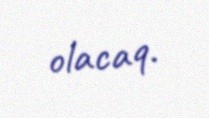
olacaq.